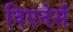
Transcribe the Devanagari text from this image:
विएनेर्स